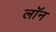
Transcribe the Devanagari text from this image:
लाॅन